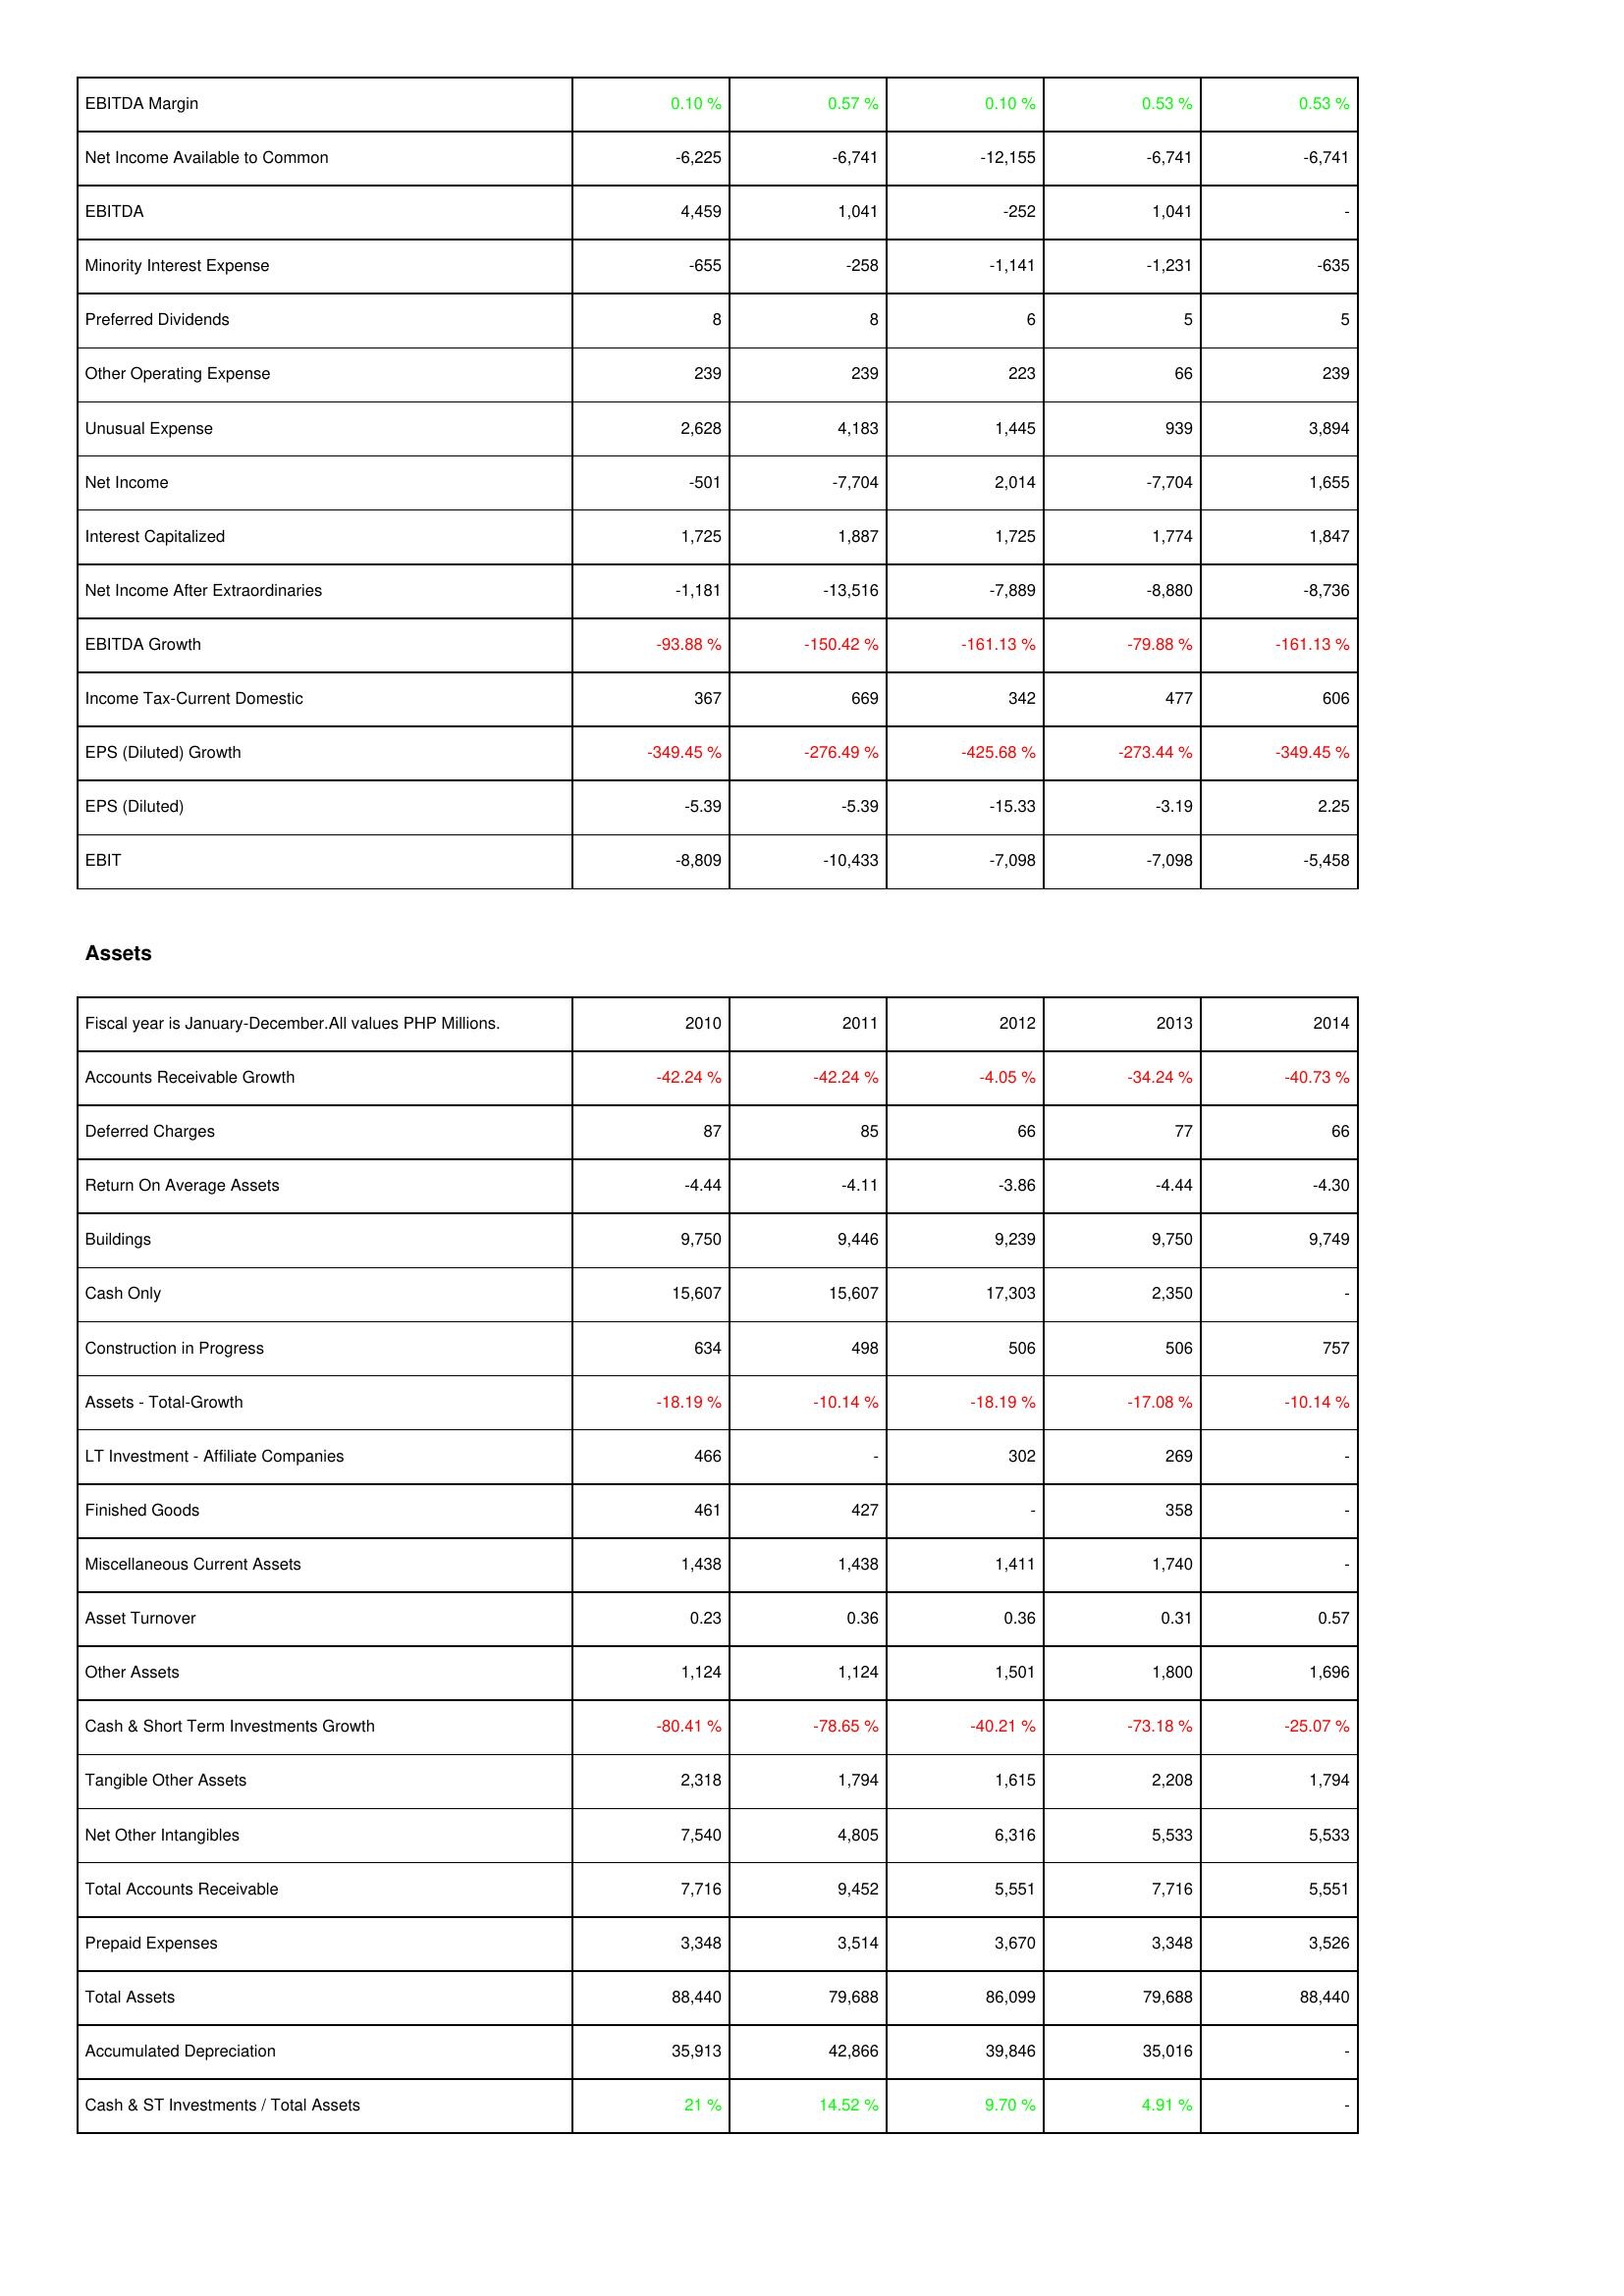
2010: Income Statement: EBITDA Margin: 0.10 %
Net Income Available to Common: -6,225
EBITDA: 4,459
Minority Interest Expense: -655
Preferred Dividends: 8
Other Operating Expense: 239
Unusual Expense: 2,628
Net Income: -501
Interest Capitalized: 1,725
Net Income After Extraordinaries: -1,181
EBITDA Growth: -93.88 %
Income Tax-Current Domestic: 367
EPS (Diluted) Growth: -349.45 %
EPS (Diluted): -5.39
EBIT: -8,809
Assets: Accounts Receivable Growth: -42.24 %
Deferred Charges: 87
Return On Average Assets: -4.44
Buildings: 9,750
Cash Only: 15,607
Construction in Progress: 634
Assets - Total-Growth: -18.19 %
LT Investment - Affiliate Companies: 466
Finished Goods: 461
Miscellaneous Current Assets: 1,438
Asset Turnover: 0.23
Other Assets: 1,124
Cash & Short Term Investments Growth: -80.41 %
Tangible Other Assets: 2,318
Net Other Intangibles: 7,540
Total Accounts Receivable: 7,716
Prepaid Expenses: 3,348
Total Assets: 88,440
Accumulated Depreciation: 35,913
Cash & ST Investments / Total Assets: 21 %
2011: Income Statement: EBITDA Margin: 0.57 %
Net Income Available to Common: -6,741
EBITDA: 1,041
Minority Interest Expense: -258
Preferred Dividends: 8
Other Operating Expense: 239
Unusual Expense: 4,183
Net Income: -7,704
Interest Capitalized: 1,887
Net Income After Extraordinaries: -13,516
EBITDA Growth: -150.42 %
Income Tax-Current Domestic: 669
EPS (Diluted) Growth: -276.49 %
EPS (Diluted): -5.39
EBIT: -10,433
Assets: Accounts Receivable Growth: -42.24 %
Deferred Charges: 85
Return On Average Assets: -4.11
Buildings: 9,446
Cash Only: 15,607
Construction in Progress: 498
Assets - Total-Growth: -10.14 %
LT Investment - Affiliate Companies: -
Finished Goods: 427
Miscellaneous Current Assets: 1,438
Asset Turnover: 0.36
Other Assets: 1,124
Cash & Short Term Investments Growth: -78.65 %
Tangible Other Assets: 1,794
Net Other Intangibles: 4,805
Total Accounts Receivable: 9,452
Prepaid Expenses: 3,514
Total Assets: 79,688
Accumulated Depreciation: 42,866
Cash & ST Investments / Total Assets: 14.52 %
2012: Income Statement: EBITDA Margin: 0.10 %
Net Income Available to Common: -12,155
EBITDA: -252
Minority Interest Expense: -1,141
Preferred Dividends: 6
Other Operating Expense: 223
Unusual Expense: 1,445
Net Income: 2,014
Interest Capitalized: 1,725
Net Income After Extraordinaries: -7,889
EBITDA Growth: -161.13 %
Income Tax-Current Domestic: 342
EPS (Diluted) Growth: -425.68 %
EPS (Diluted): -15.33
EBIT: -7,098
Assets: Accounts Receivable Growth: -4.05 %
Deferred Charges: 66
Return On Average Assets: -3.86
Buildings: 9,239
Cash Only: 17,303
Construction in Progress: 506
Assets - Total-Growth: -18.19 %
LT Investment - Affiliate Companies: 302
Finished Goods: -
Miscellaneous Current Assets: 1,411
Asset Turnover: 0.36
Other Assets: 1,501
Cash & Short Term Investments Growth: -40.21 %
Tangible Other Assets: 1,615
Net Other Intangibles: 6,316
Total Accounts Receivable: 5,551
Prepaid Expenses: 3,670
Total Assets: 86,099
Accumulated Depreciation: 39,846
Cash & ST Investments / Total Assets: 9.70 %
2013: Income Statement: EBITDA Margin: 0.53 %
Net Income Available to Common: -6,741
EBITDA: 1,041
Minority Interest Expense: -1,231
Preferred Dividends: 5
Other Operating Expense: 66
Unusual Expense: 939
Net Income: -7,704
Interest Capitalized: 1,774
Net Income After Extraordinaries: -8,880
EBITDA Growth: -79.88 %
Income Tax-Current Domestic: 477
EPS (Diluted) Growth: -273.44 %
EPS (Diluted): -3.19
EBIT: -7,098
Assets: Accounts Receivable Growth: -34.24 %
Deferred Charges: 77
Return On Average Assets: -4.44
Buildings: 9,750
Cash Only: 2,350
Construction in Progress: 506
Assets - Total-Growth: -17.08 %
LT Investment - Affiliate Companies: 269
Finished Goods: 358
Miscellaneous Current Assets: 1,740
Asset Turnover: 0.31
Other Assets: 1,800
Cash & Short Term Investments Growth: -73.18 %
Tangible Other Assets: 2,208
Net Other Intangibles: 5,533
Total Accounts Receivable: 7,716
Prepaid Expenses: 3,348
Total Assets: 79,688
Accumulated Depreciation: 35,016
Cash & ST Investments / Total Assets: 4.91 %
2014: Income Statement: EBITDA Margin: 0.53 %
Net Income Available to Common: -6,741
EBITDA: -
Minority Interest Expense: -635
Preferred Dividends: 5
Other Operating Expense: 239
Unusual Expense: 3,894
Net Income: 1,655
Interest Capitalized: 1,847
Net Income After Extraordinaries: -8,736
EBITDA Growth: -161.13 %
Income Tax-Current Domestic: 606
EPS (Diluted) Growth: -349.45 %
EPS (Diluted): 2.25
EBIT: -5,458
Assets: Accounts Receivable Growth: -40.73 %
Deferred Charges: 66
Return On Average Assets: -4.30
Buildings: 9,749
Cash Only: -
Construction in Progress: 757
Assets - Total-Growth: -10.14 %
LT Investment - Affiliate Companies: -
Finished Goods: -
Miscellaneous Current Assets: -
Asset Turnover: 0.57
Other Assets: 1,696
Cash & Short Term Investments Growth: -25.07 %
Tangible Other Assets: 1,794
Net Other Intangibles: 5,533
Total Accounts Receivable: 5,551
Prepaid Expenses: 3,526
Total Assets: 88,440
Accumulated Depreciation: -
Cash & ST Investments / Total Assets: -